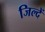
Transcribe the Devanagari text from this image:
जिल्दें